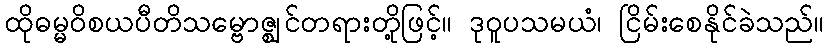
ထိုဓမ္မဝိစယပီတိသမ္ဗောဇ္ဈင်တရားတို့ဖြင့်။ ဒုဝူပသမယံ၊ ငြိမ်းစေနိုင်ခဲသည်။